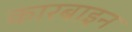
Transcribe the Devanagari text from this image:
कारबाइन